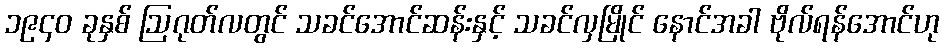
၁၉၄၀ ခုနှစ် ဩဂုတ်လတွင် သခင်အောင်ဆန်းနှင့် သခင်လှမြိုင် နောင်အခါ ဗိုလ်ရန်အောင်ဟု